Scottish Leaving Certificate Examination, 1959
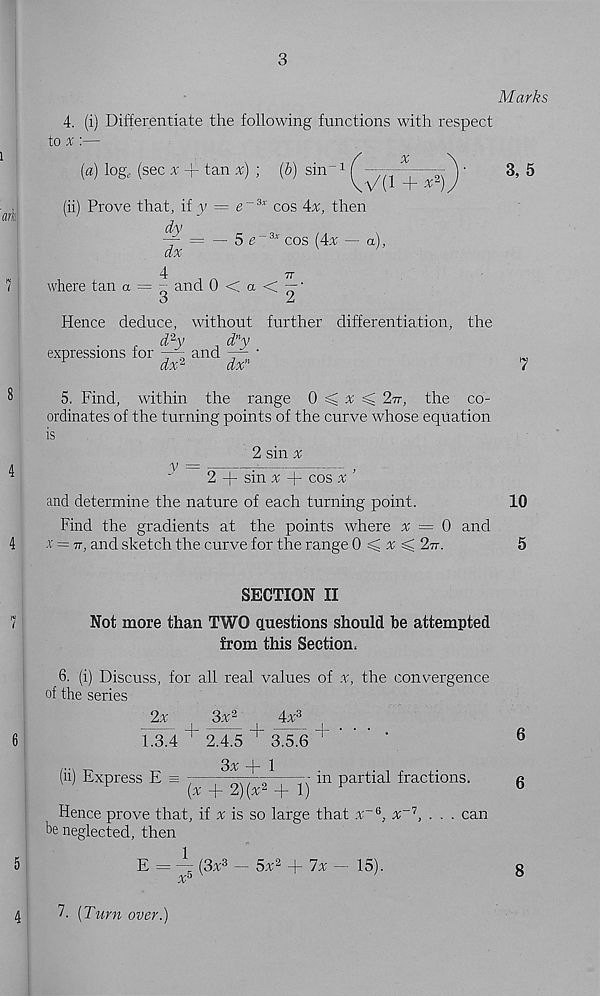
3
Marks
V(1 + * 2 )
4. (i) Differentiate the following functions with respect
to %:—
/
%
[a) log, (sec 'x -f tan x) ; (5) sin -1
cos Ax, then
= — 5 e~3 x cos (4x — a),
4
where tan a
3, 5
77
(ii) Prove that, if y = e
dy
dx
4
- and 0 < a < — '
Hence deduce, without further differentiation, the
d 2 y
d n y
expressions for
and — •
^
dx 2
dx"
5. Find, within the range 0 < ^ ^ 2t7, the co-
ordinates of the turning points of the curve whose equation
is
2 sin ^
2 + sin % -|- cos x ’
and determine the nature of each turning point.
10
Find the gradients at the points where x = 0 and
x = 77, and sketch the curve for the range 0 < a; sg 2v.
5
SECTION II
Not more than TWO questions should be attempted
from this Section,
6. (i) Discuss, for all real values of x, the convergence
of the series
2x
3x 2
4x 3
i .3.4 r 2.4.5 + 3.5.6 + ' ' ‘ ’
3^+1
(ii) Express E =
xtwx
;v in partial fractions.
(% + 2)(x 2 + 1)
Hence prove that, if % is so large that x~G, % -7 , . . . can
be neglected, then
E =
(3x 3 - 5x 2 + lx - 15).
7. [Turn over.)